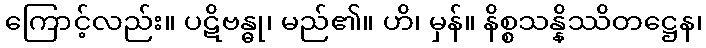
ကြောင့်လည်း။ ပဋိဗန္ဓု၊ မည်၏။ ဟိ၊ မှန်။ နိစ္စသန္နိဿိတဋ္ဌေန၊